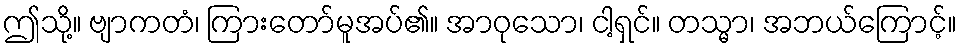
ဤသို့။ ဗျာကတံ၊ ကြားတော်မူအပ်၏။ အာဝုသော၊ ငါ့ရှင်။ တသ္မာ၊ အဘယ်ကြောင့်။